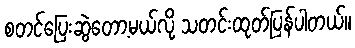
စတင်ပြေးဆွဲတော့မယ်လို့ သတင်းထုတ်ပြန်ပါတယ်။